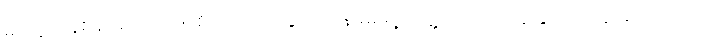
မိမိရဲ့ အနစ်နာခံ ပေးဆပ်စိတ်ကို သိသွားတာနဲ့ မိမိရဲ့ အဖွဲ့ဟာ လုပ်ငန်းခွင် အနေအထားကနေ